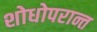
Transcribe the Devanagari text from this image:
शोधोपरान्त